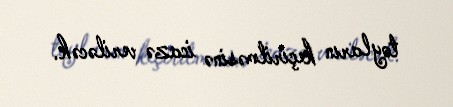
toyların keçirilməsinə icazə veriləcək.